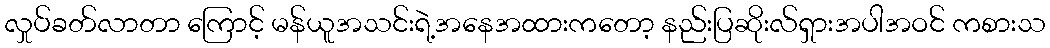
လှုပ်ခတ်လာတာ ကြောင့် မန်ယူအသင်းရဲ့အနေအထားကတော့ နည်းပြဆိုးလ်ရှားအပါအဝင် ကစားသ